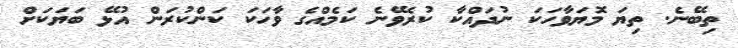
ތިބޭނެ. ތިޔަ މޮޔަވާހަކަ ނުދައްކާ ކުރެވޭނެ ކަމެއްގެ ވާހަކަ ކަންކުރަން އުޅޭ ބަޔަކަށް